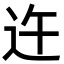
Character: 迕